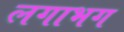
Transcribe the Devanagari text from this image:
लगाभग